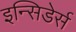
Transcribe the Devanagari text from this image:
इन्सिडेर्स